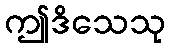
ဤဒိသေသု